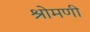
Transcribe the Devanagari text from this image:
श्रोमणी